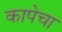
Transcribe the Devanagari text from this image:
कापेचा